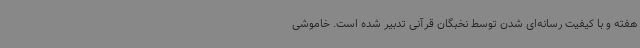
هفته و با کیفیت رسانه‌ای شدن توسط نخبگان قرآنی تدبیر شده است. خاموشی